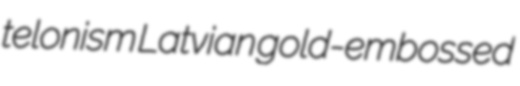
telonism Latvian gold-embossed